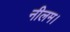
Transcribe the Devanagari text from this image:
नीलम।